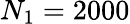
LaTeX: N_{1}=2000